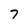
Character: 7